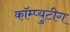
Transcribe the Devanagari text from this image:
कॉम्प्युटीग